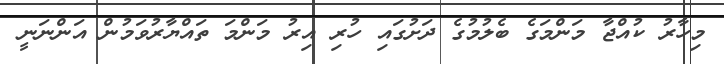
މިހާރު ކުއްޖާ މަންމަގެ ބެލުމުގެ ދަށުގައި ހުރި އިރު މަންމަ ތައްޔާރުވަމުން އަންނަނީ